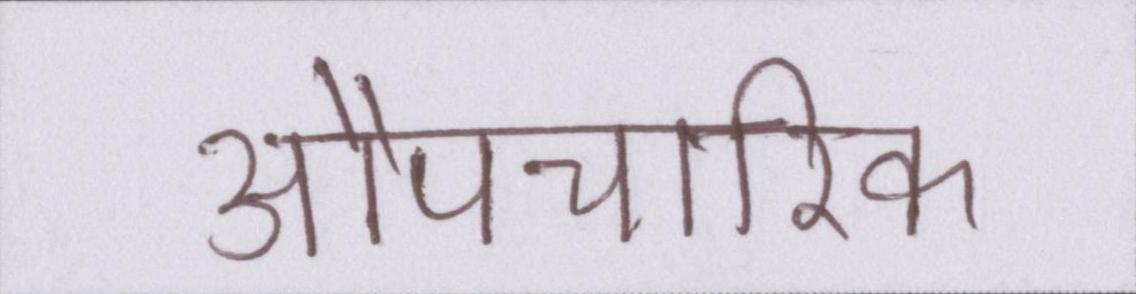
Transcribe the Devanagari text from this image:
औपचारिक